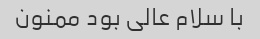
با سلام عالی بود ممنون